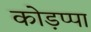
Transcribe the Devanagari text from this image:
कोड़प्पा